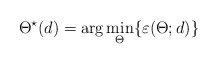
\begin{align*}\Theta^\star(d) = \arg \min_{\Theta} \{\varepsilon(\Theta;d)\} \end{align*}